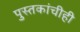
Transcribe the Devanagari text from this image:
पुस्तकांचीही